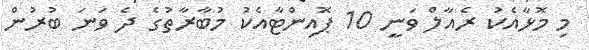
މި މޮޅާއެކު ރެއާލް ވަނީ 10 ޕޮއިންޓާއެކު މުބާރާތުގެ ދެ ވަނަ ބުރުން